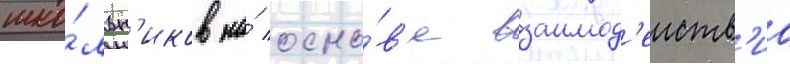
шко́льн'иков на́ осно́в'е взаимод'еиств'иа